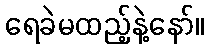
ရေခဲမထည့်နဲ့နော်။